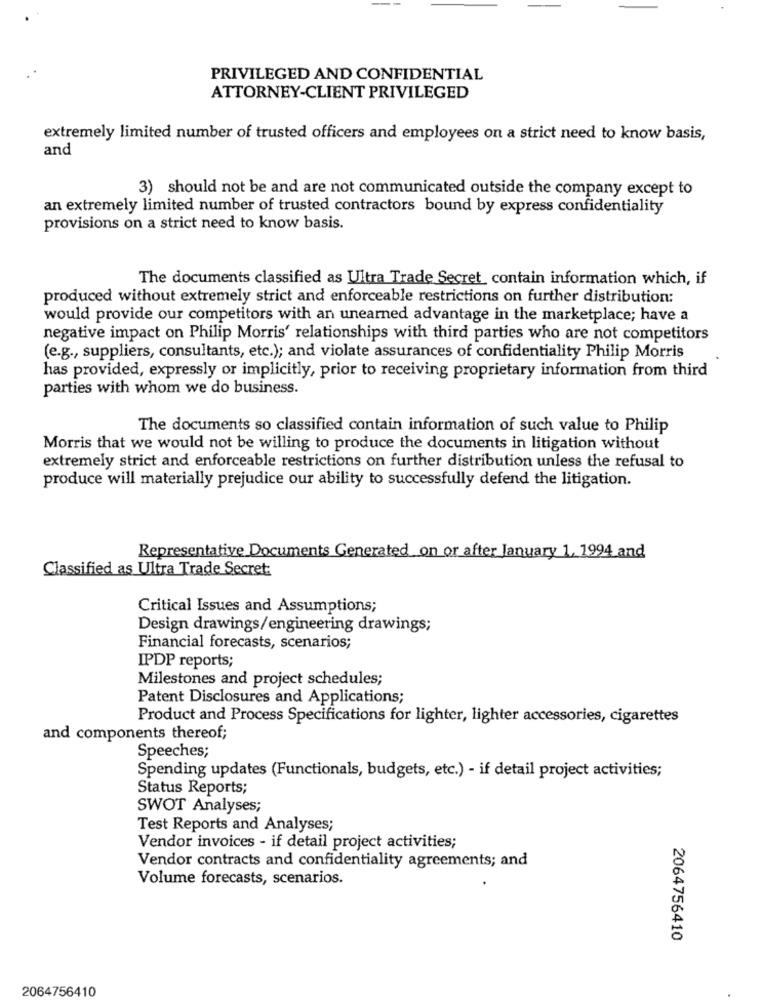
PRIVILEGED AND CONFIDENTIAL
ATTORNEY-CLIENT PRIVILEGED
extremely limited number of trusted officers and employees on a strict need to know basis,
and
3) should not be and are not communicated outside the company except to
an extremely limited number of trusted contractors bound by express confidentiality
provisions on a strict need to know basis.
The documents classified as Ultra Trade Secret contain information which, if
produced without extremely strict and enforceable restrictions on further distribution:
would provide our competitors with an unearned advantage in the marketplace; have a
negative impact on Philip Morris' relationships with third parties who are not competitors
(e.g ., suppliers, consultants, etc.); and violate assurances of confidentiality Philip Morris
has provided, expressly or implicitly, prior to receiving proprietary information from third
parties with whom we do business.
The documents so classified contain information of such value to Philip
Morris that we would not be willing to produce the documents in litigation without
extremely strict and enforceable restrictions on further distribution unless the refusal to
produce will materially prejudice our ability to successfully defend the litigation.
Representative Documents Generated on or after January 1. 1994 and
Classified as Ultra Trade Secret:
Critical Issues and Assumptions;
Design drawings/engineering drawings;
Financial forecasts, scenarios;
IPDP reports;
Milestones and project schedules;
Patent Disclosures and Applications;
Product and Process Specifications for lighter, lighter accessories, cigarettes
and components thereof;
Speeches;
Spending updates (Functionals, budgets, etc.) - if detail project activities;
Status Reports;
SWOT Analyses;
Test Reports and Analyses;
Vendor invoices - if detail project activities;
Vendor contracts and confidentiality agreements; and
Volume forecasts, scenarios.
2064756410
2064756410